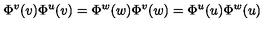
\Phi ^ { v } ( v ) \Phi ^ { u } ( v ) = \Phi ^ { w } ( w ) \Phi ^ { v } ( w ) = \Phi ^ { u } ( u ) \Phi ^ { w } ( u )